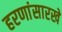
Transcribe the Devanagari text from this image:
हरणांसारखे